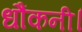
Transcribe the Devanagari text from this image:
धौंकनी।